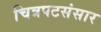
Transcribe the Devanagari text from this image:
चित्रपटसंसार